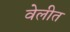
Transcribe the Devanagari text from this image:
वेलीत